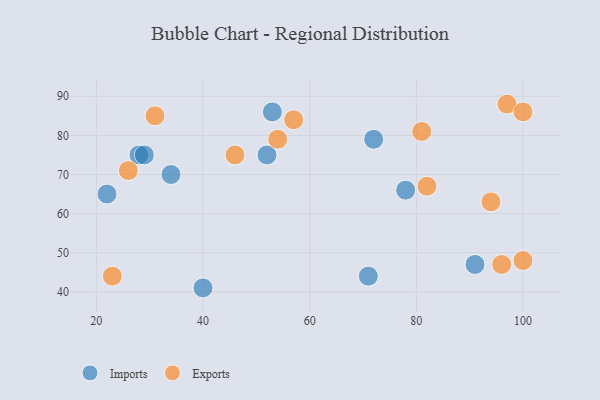
{"axis": {"x": "GDP", "y": "Life Expectancy"}, "legend": ["Exports", "Imports"], "data": [{"x": "52", "y": 75, "type": "Imports"}, {"x": "53", "y": 86, "type": "Imports"}, {"x": "28", "y": 75, "type": "Imports"}, {"x": "29", "y": 75, "type": "Imports"}, {"x": "22", "y": 65, "type": "Imports"}, {"x": "72", "y": 79, "type": "Imports"}, {"x": "71", "y": 44, "type": "Imports"}, {"x": "34", "y": 70, "type": "Imports"}, {"x": "78", "y": 66, "type": "Imports"}, {"x": "40", "y": 41, "type": "Imports"}, {"x": "91", "y": 47, "type": "Imports"}, {"x": "82", "y": 67, "type": "Exports"}, {"x": "97", "y": 88, "type": "Exports"}, {"x": "26", "y": 71, "type": "Exports"}, {"x": "31", "y": 85, "type": "Exports"}, {"x": "96", "y": 47, "type": "Exports"}, {"x": "23", "y": 44, "type": "Exports"}, {"x": "100", "y": 48, "type": "Exports"}, {"x": "57", "y": 84, "type": "Exports"}, {"x": "81", "y": 81, "type": "Exports"}, {"x": "46", "y": 75, "type": "Exports"}, {"x": "54", "y": 79, "type": "Exports"}, {"x": "100", "y": 86, "type": "Exports"}, {"x": "94", "y": 63, "type": "Exports"}]}